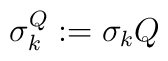
\sigma_k^Q := \sigma_k Q